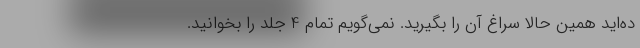
ده‌اید همین حالا سراغ آن را بگیرید. نمی‌گویم تمام 4 جلد را بخوانید.